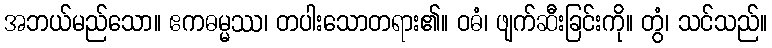
အဘယ်မည်သော။ ဧကဓမ္မဿ၊ တပါးသောတရား၏။ ဝဓံ၊ ဖျက်ဆီးခြင်းကို။ တွံ၊ သင်သည်။